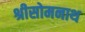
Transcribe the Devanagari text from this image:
श्रीसोमनाथ